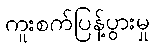
ကူးစက်ပြန့်ပွားမှု